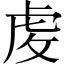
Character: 䖍